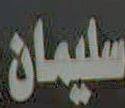
سليمان